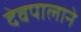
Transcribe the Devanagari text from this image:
देवपालाने